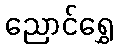
ညောင်ရွှေ